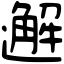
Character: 邂